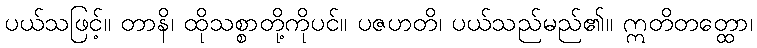
ပယ်သဖြင့်။ တာနိ၊ ထိုသစ္စာတို့ကိုပင်။ ပဇဟတိ၊ ပယ်သည်မည်၏။ ဣတိတတ္ထော၊